Annual report of the Punjab Veterinary College and of the Civil Veterinary Department, Punjab - 1909-1919
Year: 1909
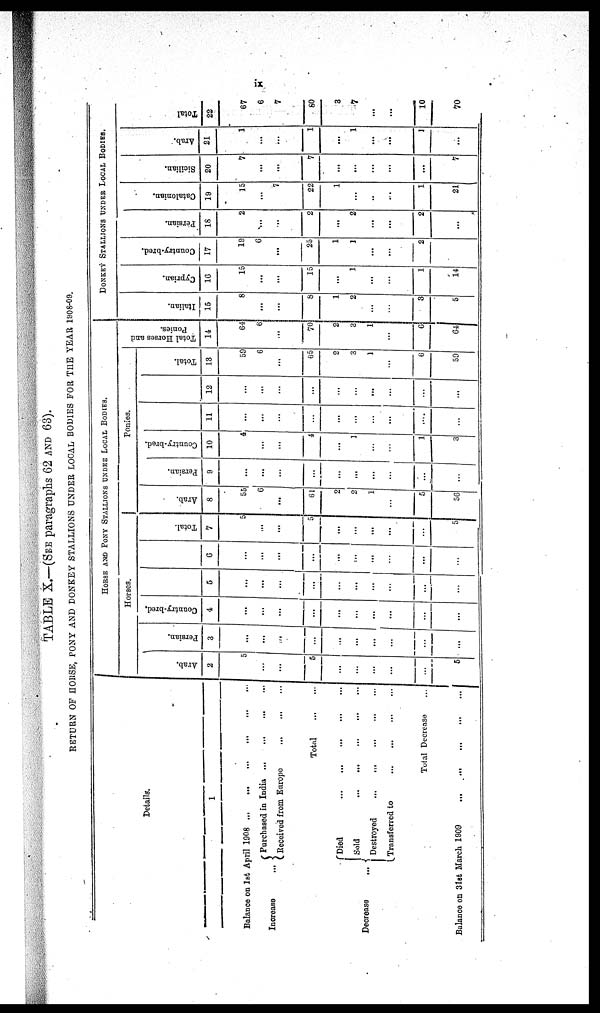
xi
TABLE X.—(SEE paragraphs 62 AND 63).
RETURN OF HORSE, PONY AND DONKEY STALLIONS UNDER LOCAL BODIES FOR THE YEAR 1908-09.
Details.
1
Balance on 1st April 1908
...
...
...
...
Increase
...
Purchased in India
...
...
...
...
Received from
Europe
...
...
...
Total ... ...
Decrease
...
Died
...
...
...
...
...
Sold
...
...
...
...
...
Destroyed
...
...
...
...
...
...
Transferred to
...
...
...
...
Total
Decrease
...
Balance on 3lst March 1909
...
...
...
...
...
HORSE, PONY AND STALLIONS UNDER LOCAL BODIES
Horses.
Arab.
2
5
...
...
5
...
...
...
...
5
Persian.
3
...
...
...
...
...
...
...
...
...
...
Country-bred.
4
...
...
...
...
...
...
...
...
...
...
5
...
...
...
...
...
...
...
...
...
...
6
...
...
...
...
...
...
...
...
...
...
Total.
7
5
...
...
5
...
...
...
...
...
5
Ponies.
Arab.
8
55
6
...
61
2
2
1
...
5
56
Persian.
9
...
...
...
...
...
...
...
...
...
...
Country-bred.
10
4
...
...
4
...
1
...
...
1
...
11
...
...
...
...
...
...
...
...
....
...
12
...
...
...
...
...
...
...
...
...
...
Total.
13
59
6
...
65
2
3
1
...
6
59
Total Horses and
Ponies.
14
64
6
...
70
2
3
1
...
6
64
DONKEY STALLIONS UNDER LOCAL BODIES
I t al i an.
15
8
...
...
8
1
2
...
3
5
Cypr i
an.
16
15
...
...
15
...
1
...
...
1
14
Count r
y- br e d.
17
19
6
...
25
1
1
...
...
2
Per s i
an.
18
2
...
...
2
...
2
...
...
2
...
Ca t
a l
oni a n.
19
15
...
7
22
1
...
..
...
1
21
Si ci l
i
an.
20
7
...
...
7
...
...
...
...
...
7
Ar ab.
21
1
...
...
1
...
1
...
...
1
...
Tot al
22
67
6
7
80
3
7
...
...
10
70